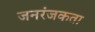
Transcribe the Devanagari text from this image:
जनरंजकता